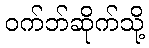
ဝက်ဘ်ဆိုက်သို့